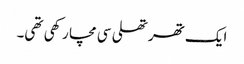
ایک تھرتھلی سی مچا رکھی تھی۔